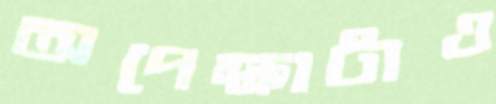
অপেক্ষাটাও